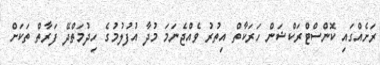
ރަށެއްގައި ކޮންސްޓްރަކްޝަން ހަރަކާތް އިތުރު ވެއްޖެނަމަ މުދާ އުފުލުމުގެ ހިދުމަތްދޭ ފަރާތް ތަކަށް